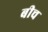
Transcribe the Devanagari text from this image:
बीच